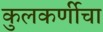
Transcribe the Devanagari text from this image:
कुलकर्णीचा